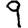
Digit: 9